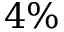
4 \%